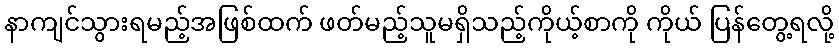
နာကျင်သွားရမည့်အဖြစ်ထက် ဖတ်မည့်သူမရှိသည့်ကိုယ့်စာကို ကိုယ် ပြန်တွေ့ရလို့